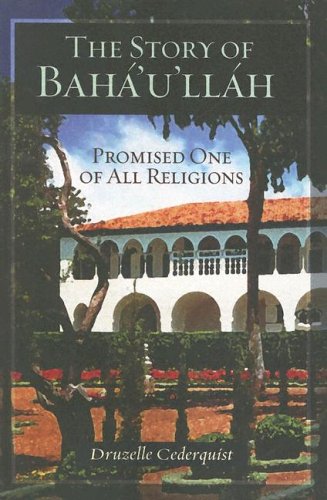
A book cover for The Story of Baha'u'llah: Promised One of All Religions; Druzelle Cederquist; Religion & Spirituality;